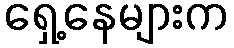
ရှေ့နေများက